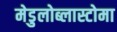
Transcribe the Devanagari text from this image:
मेडुलोब्लास्टोमा